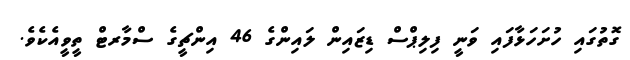
ގޮތުގައި ހުށަހަޅާފައި ވަނީ ފިލިޕްސް ޑިޒައިން ލައިންގެ 46 އިންޗީގެ ސްމާރޓް ތީވީއެކެވެ.